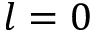
l = 0